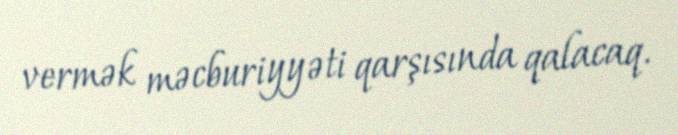
vermək məcburiyyəti qarşısında qalacaq.